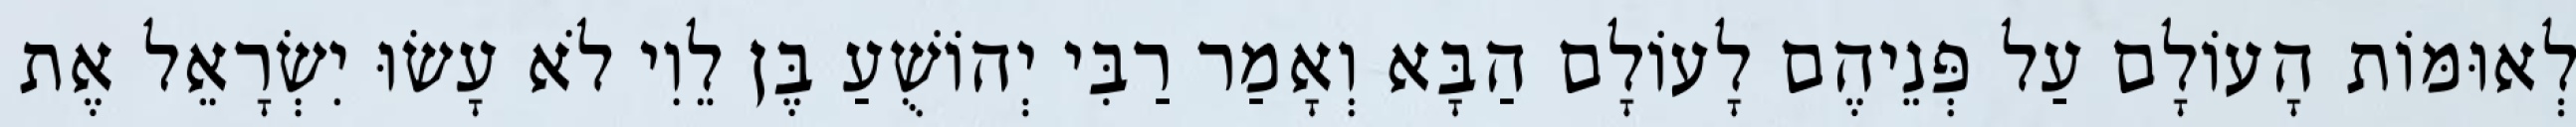
לְאוּמּוֹת הָעוֹלָם עַל פְּנֵיהֶם לָעוֹלָם הַבָּא וְאָמַר רַבִּי יְהוֹשֻׁעַ בֶּן לֵוִי לֹא עָשׂוּ יִשְׂרָאֵל אֶת